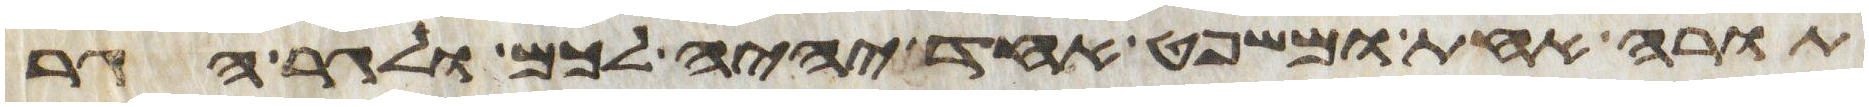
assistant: תורה אחת ומשפט אחד יהיה לכם ולגר הגר